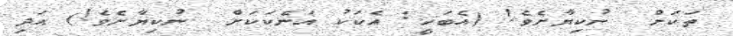
ތަކަށް  ނުކިޔާށެވެ! (އެބަހީ: އެކަކު އަނެކަކަށް  ނުކިޔާށެވެ!) އަދި